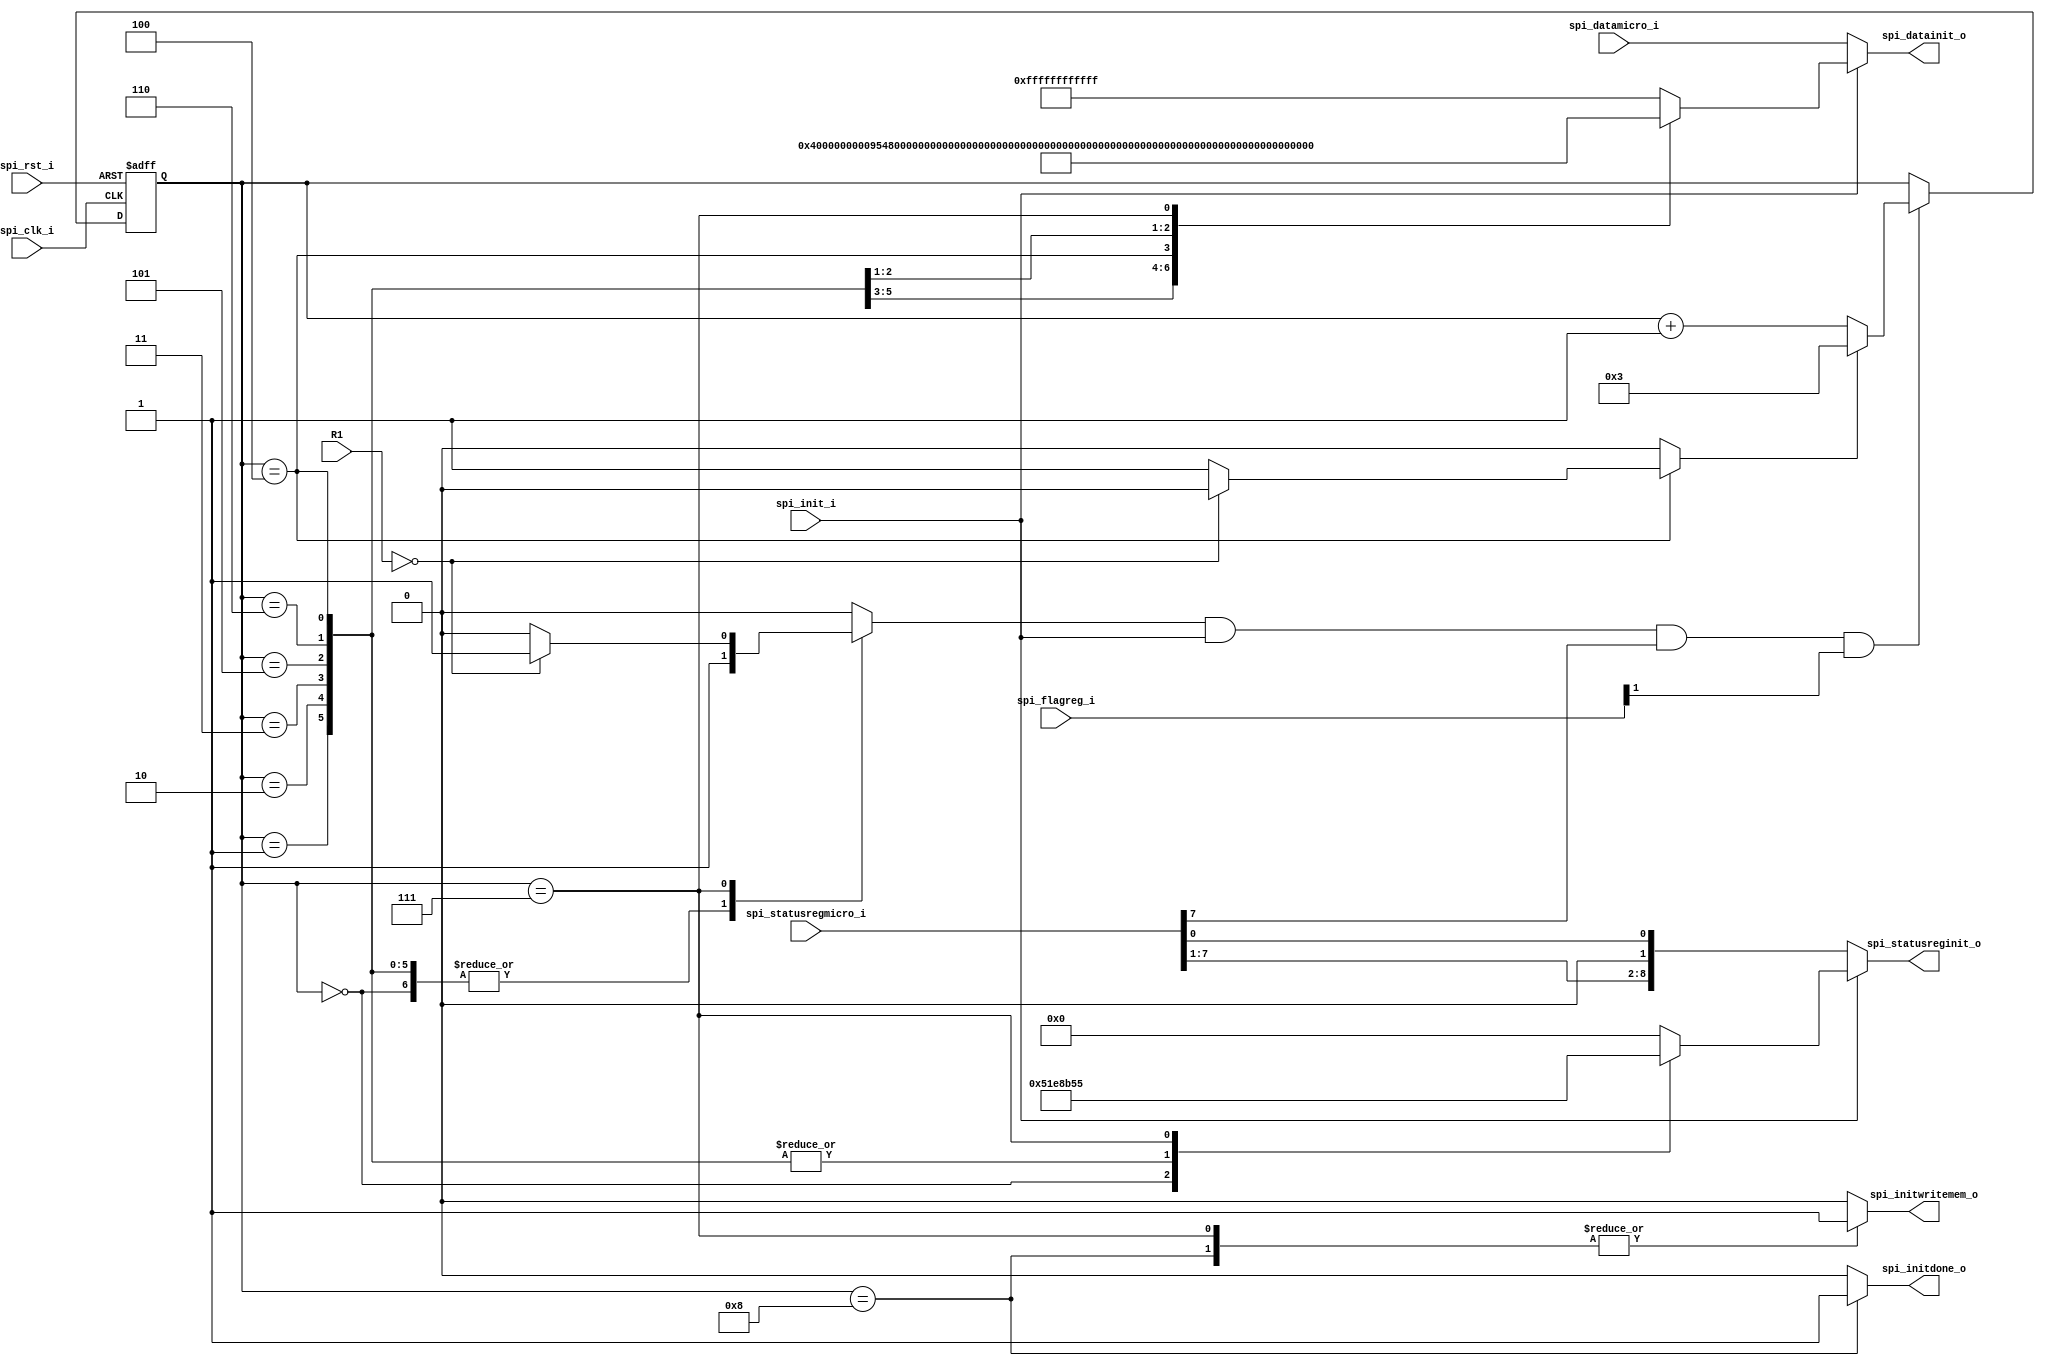
`timescale 1ns / 1ps
/**************************************************************************************
Bootstrap DCILAB 2017
Instituto Tecnolgico de Costa Rica

Diego Salazar Sibaja

Modulo: SPI init

Descripcin general: Este mdulo es una memoria en la cual se encuentran los comandos 
de inicializacion para la tarjeta SD.

****************************************************************************************/
module spi_init(spi_clk_i, spi_rst_i, spi_init_i, spi_datamicro_i, spi_statusregmicro_i, R1, spi_flagreg_i, spi_datainit_o, spi_statusreginit_o,
				spi_initdone_o, spi_initwritemem_o);

/***************************************************************************************
Parametros con los valores de los comandos  y respuestas R1 de inicializacion de la 
tarjeta SD.
**************************************************************************************/
parameter IWAIT  = 48'hFFFFFFFFFFFF;
parameter ICMD0  = 48'h400000000095; //r1
parameter ICMD8  = 48'h48000001AA87; //r7 87 o 0F
parameter ICMD55 = 48'h770000000001;
parameter IACMD41= 48'h694000000077;
parameter ICMD58 = 48'h7A0000000001;
parameter ICMD59 = 48'h7B00000000FF;//x01
parameter RCMDX	 = 8'h01;
parameter RCMDY	 = 8'h00;

//************************OUTPUTS and INPUTS********************************************
input 				spi_clk_i;//***************Reloj master
input 				spi_rst_i;//***************Reset master 1:Reset/0:No reset
/***************************************************************************************
		La seal spi_init_i seala se si esta inicializando la tarjeta SD
		1: Inicializando / 0: Sin inicializar o ya inicializada
**************************************************************************************/
input 				spi_init_i;
/***************************************************************************************
		La seal spi_datamicro_i y spi_statusregmicro_i son los datos que van a la 
		tarjeta SD cuando spi_init_i=0
**************************************************************************************/
input [47:0] 		spi_datamicro_i;//
input [7:0] 		spi_statusregmicro_i;
input [7:0] 		R1;//*********************Valor de respuesta R1
/***************************************************************************************
		La seal spi_flagreg_i es una serie de banderas que finalizacin de eventos. Se describe como:
			[0] WORD_COM --> Indica cuando se completo el envio o recepcin de una
				palabra 1:Completado/0:No Completo
			[1] OPERT_DONE --> Indica cuando se completo el envio de un comando  1:Completado/0:No Completo
			[2] DATA_WR --> Indica cuando se debe enviar los datos a enviar 1:Habilitado/0:desabilitado
**************************************************************************************/
input [2:0] 		spi_flagreg_i;
output wire [47:0] 	spi_datainit_o;//*********Comando para spi_microSD.v(spi_data_i)
output wire [8:0]  	spi_statusreginit_o;//****Seal para spi_microSD.v(spi_statusreg_i)
output reg 			spi_initdone_o;//*********Indica finalizacin de la inicializacion 1: Finalizado/0:No finalizado
output reg			spi_initwritemem_o;
//**************************************************************************************

//*************************Seales internas********************************************
reg [47:0]	datainit;//***********Comando a enviar
reg [8:0] 	statusreg;//**********StatusReg a enviar
reg [4:0] 	counter_operation;//**Contador de estado inicializacion
reg 		enable_count;//*******Bandera habilitador de cuenta
reg 		r_acmd47;//***********Bandera de R1 correcto

//********ASIGNACIN DE SEALES DE SALIDA********************************************
assign spi_datainit_o =(spi_init_i) ? datainit : spi_datamicro_i;
assign spi_statusreginit_o = (spi_init_i) ? statusreg : {spi_statusregmicro_i[7:1],1'b0,spi_statusregmicro_i[0]};


/****************************M?QUINA DE ESTADO***************************************
En esta mquina de estados se registra en cada valor el comando y el valor de StatusReg
a enviar cuando el valor de spi_init_i es 1. Una vez finalizado, el valor de 
spi_initdone_o cambia a 1, con el fin de finalizar le inicializacion. Dejar spi_init_i
no provoca ningun cambio, al menos de que se resetee la unidad. En el caso de statusreg
se comenta el valor de cada variable
***********************************************************************************/
always @(posedge spi_clk_i or posedge spi_rst_i)begin
	if(spi_rst_i)begin
		counter_operation <= 5'h00;
	end
	else if (enable_count && spi_init_i && spi_statusregmicro_i[7] && spi_flagreg_i[1] == 1'b1) begin
		if(r_acmd47) begin
			counter_operation <= 5'h03;
		end
		else begin
		 counter_operation <= counter_operation +5'h01;
		end
	end
end
always @* begin
	enable_count = 1'b0;
	r_acmd47 = 1'b0;
	spi_initdone_o = 1'b0;
	datainit = IWAIT;
	statusreg = 8'h00;
	spi_initwritemem_o = 1'b0;
	case(counter_operation)
		5'h00: begin 
			datainit = IWAIT;
			statusreg = 9'b101000111; //010 1:4 clock divider -- 0 microSDwr 0 microSDrd -- 1 MSB fbo -- 1 spiinitSS -- 1 spi_operation
			enable_count = 1'b1;
		end
		5'h01: begin 
			datainit = ICMD0;
			statusreg = 9'b101000101; //010 1:4 clock divider -- 0 microSDwr 0 microSDrd -- 1 MSB fbo -- 0 spiinitSS -- 1 spi_operation
			enable_count = 1'b1;
		end		
		5'h02: begin 
			datainit = ICMD8;
			statusreg = 9'b101000101; //010 1:4 clock divider -- 0 microSDwr 0 microSDrd -- 1 MSB fbo -- 0 spiinitSS -- 1 spi_operation
			enable_count = 1'b1;
		end	
		5'h03: begin 
			datainit = ICMD55;
			statusreg = 9'b101000101; //010 1:4 clock divider -- 0 microSDwr 0 microSDrd -- 1 MSB fbo -- 0 spiinitSS -- 1 spi_operation
			enable_count = 1'b1;
		end

		5'h04: begin 
			datainit = IACMD41;
			statusreg = 9'b101000101; //010 1:4 clock divider -- 0 microSDwr 0 microSDrd -- 1 MSB fbo -- 0 spiinitSS -- 1 spi_operation
			enable_count = 1'b1;
			if(R1== RCMDY)begin
				r_acmd47 = 1'b0;
			end
			else begin
				r_acmd47 = 1'b1;
			end
		end
		5'h05: begin 
			datainit = ICMD58;
			statusreg = 9'b101000101; //010 1:4 clock divider -- 0 microSDwr 0 microSDrd -- 1 MSB fbo -- 0 spiinitSS -- 1 spi_operation
			enable_count = 1'b1;
		end
		5'h06: begin 
			datainit = ICMD59;
			statusreg = 9'b101000101; //010 1:4 clock divider -- 0 microSDwr 0 microSDrd -- 1 MSB fbo -- 0 spiinitSS -- 1 spi_operation
			enable_count = 1'b1;
		end
		5'h07: begin 
			datainit = {8'h51, 32'h00006020, 8'hFF};
			spi_initwritemem_o = 1'b1;
			statusreg = 9'b101010101; //010 1:4 clock divider -- 1 microSDrd 0 microSDwr -- 1 MSB fbo -- 0 spiinitSS -- 1 spi_operation
			if(R1 == RCMDY )begin//|| R1== RCMDY)begin
				enable_count = 1'b1; 
			end
			else begin
				enable_count = 1'b0;
			end
		end
		5'h08: begin
			spi_initdone_o = 1'b1;
			spi_initwritemem_o = 1'b1;
			enable_count = 1'b0;
			r_acmd47 = 1'b0;
		end

	endcase
end

endmodule